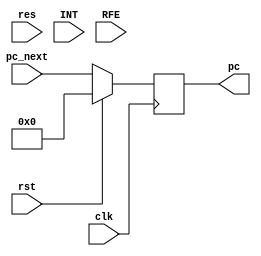
`timescale 1ns / 1ps
//////////////////////////////////////////////////////////////////////////////////
// Company: 
// Engineer: 
// 
// Design Name: 
// Module Name:    Decode_Int 
// Project Name: 
// Target Devices: 
// Tool versions: 
// Description: 
//
// Dependencies: 
//
// Revision: 
// Revision 0.01 - File Created
// Additional Comments: 
//
//////////////////////////////////////////////////////////////////////////////////
module Decode_pc_Int(input wire clk,
						   input wire res,
							//input wire ren,
							input wire rst,
							input wire INT,
							input wire RFE,
							input wire[31:0] pc_next,
							output reg [31:0] pc
						);
	always @(posedge clk) begin
		if (rst) begin
			pc <= 0;
		end
		else  begin	
			pc<= pc_next;
		end
	end
						
endmodule